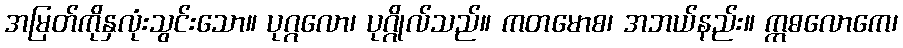
အမြတ်ကိုနှလုံးသွင်းသော။ ပုဂ္ဂလော၊ ပုဂ္ဂိုလ်သည်။ ကတမောစ၊ အဘယ်နည်း။ ဣဓလောကေ၊